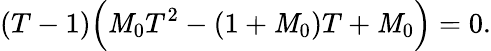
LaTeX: (T-1)\Bigl(\mathit{M}_{0}T^{2}-(1+\mathit{M}_{0})T+\mathit{M}_{0}\Bigr)=0.